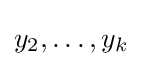
y_{2},\dots ,y_{k}